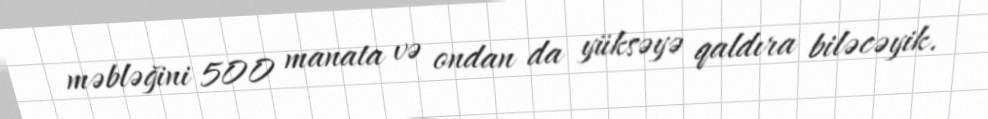
məbləğini 500 manata və ondan da yüksəyə qaldıra biləcəyik.